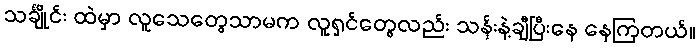
သင်္ချိုင်း ထဲမှာ လူသေတွေသာမက လူရှင်တွေလည်း သန်းနဲ့ချီပြီးနေ နေကြတယ်။